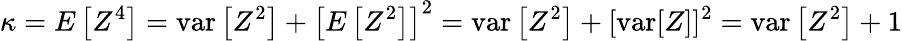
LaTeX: \kappa=E\left[Z^{4}\right]=\operatorname{var}\left[Z^{2}\right]+\left[E\left[Z^{2}\right]\right]^{2}=\operatorname{var}\left[Z^{2}\right]+[\operatorname{var}[Z]]^{2}=\operatorname{var}\left[Z^{2}\right]+1